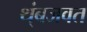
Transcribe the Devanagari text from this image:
थ्ंबजवत